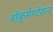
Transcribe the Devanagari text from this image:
डॉकूमेण्टेशन